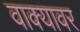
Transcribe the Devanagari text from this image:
वाक्यावर